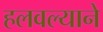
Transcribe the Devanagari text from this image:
हलवल्याने